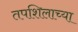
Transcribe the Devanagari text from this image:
तपशिलाच्या